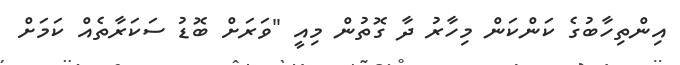
އިންތިހާބުގެ ކަންކަން މިހާރު ދާ ގޮތުން މިއީ "ވަރަށް ބޮޑު ސަކަރާތެއް ކަމަށް